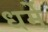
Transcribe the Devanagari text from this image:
धर्मे